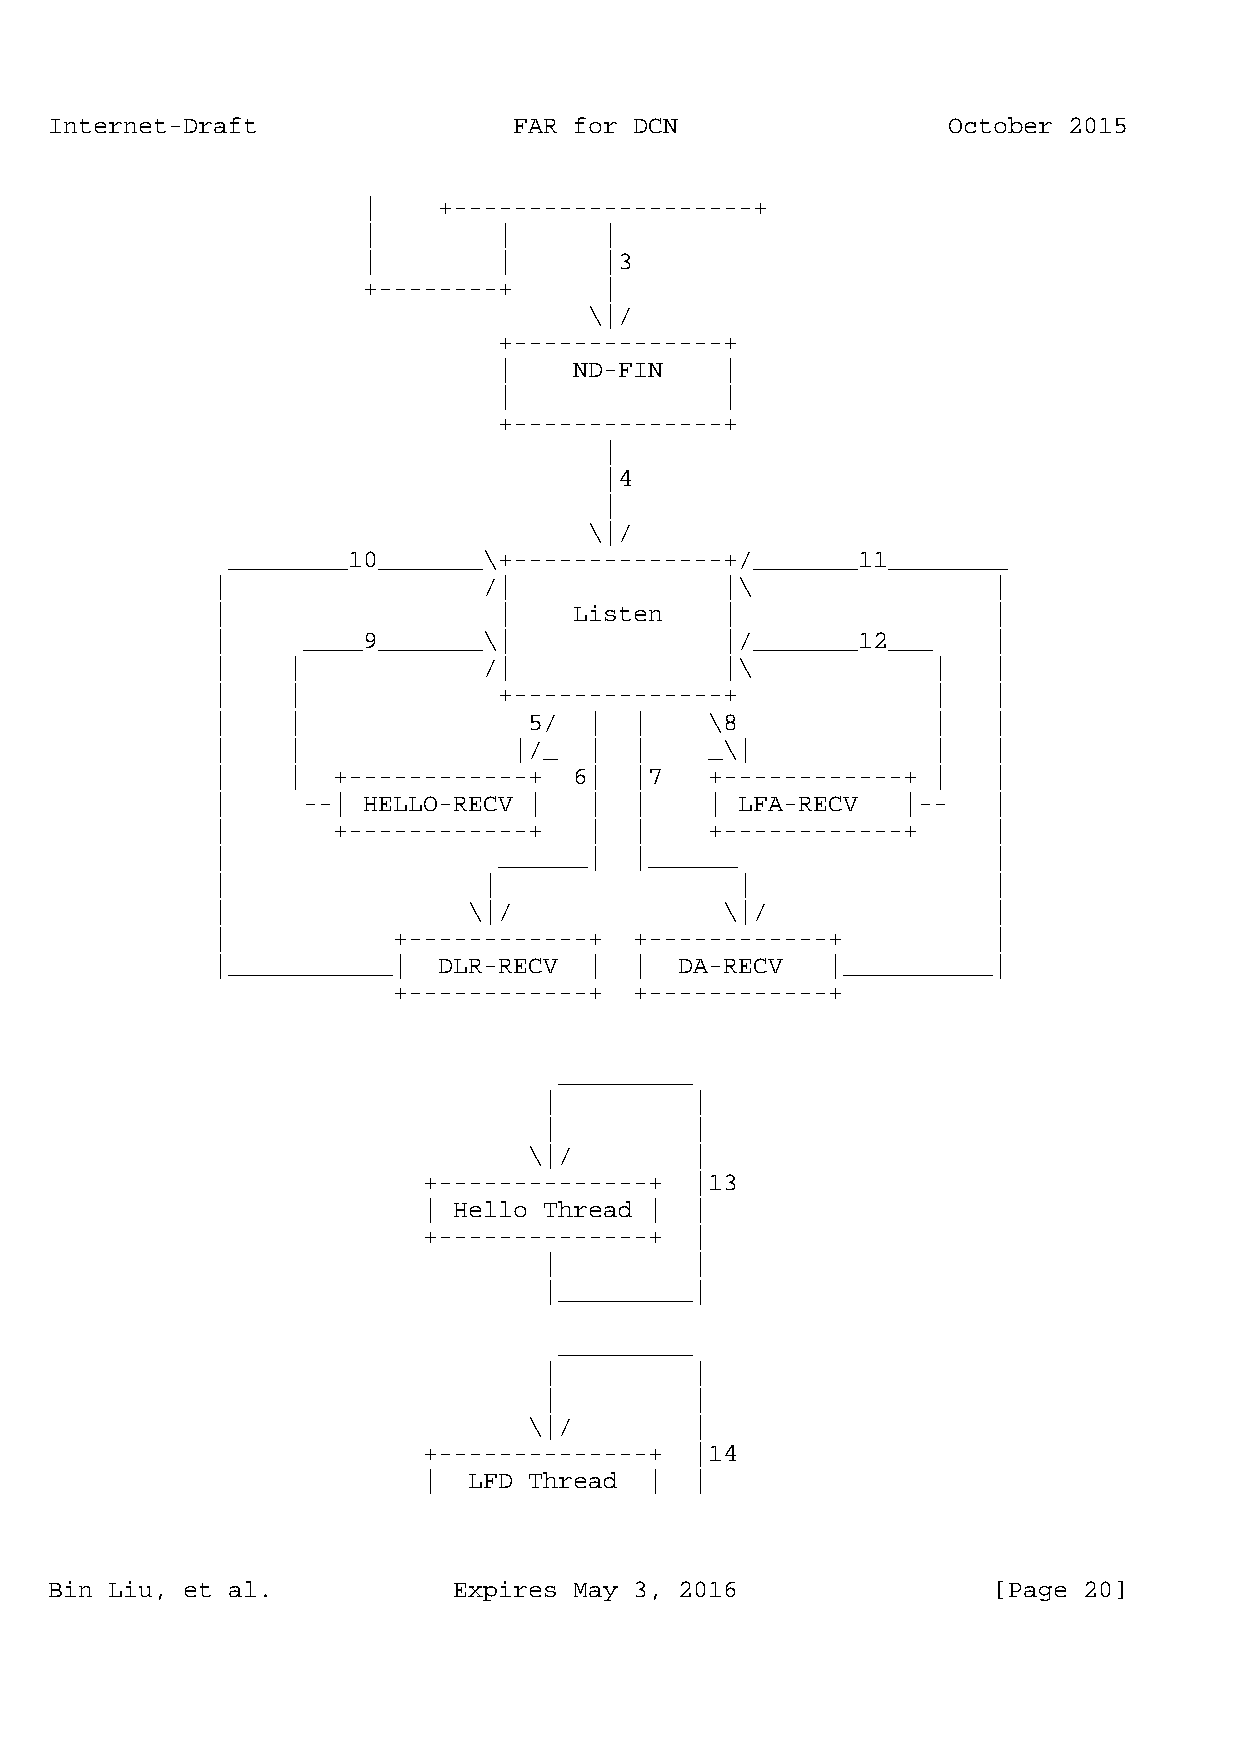
Internet-Draft                 FAR for DCN                  October 2015
 |    +--------------------+
 |        |      |
 |        |      |3
 +--------+      |
 \|/
 +--------------+
 |    ND-FIN    |
 |              |
 +--------------+
 |
 |4
 |
 \|/
 ________10_______\+--------------+/_______11________
 |                 /|              |\                |
 |                  |    Listen    |                 |
 |     ____9_______\|              |/_______12___    |
 |    |            /|              |\            |   |
 |    |             +--------------+             |   |
 |    |               5/  |  |    \8             |   |
 |    |              |/_  |  |    _\|            |   |
 |    |  +------------+  6|  |7   +------------+ |   |
 |     --| HELLO-RECV |   |  |    | LFA-RECV   |--   |
 |       +------------+   |  |    +------------+     |
 |                  ______|  |______                 |
 |                 |                |                |
 |                \|/              \|/               |
 |           +------------+  +------------+          |
 |___________|  DLR-RECV  |  |  DA-RECV   |__________|
 +------------+  +------------+
 _________
 |         |
 |         |
 \|/        |
 +--------------+  |13
 | Hello Thread |  |
 +--------------+  |
 |         |
 |_________|
 _________
 |         |
 |         |
 \|/        |
 +--------------+  |14
 |  LFD Thread  |  |
 Bin Liu, et al.            Expires May 3, 2016                 [Page 20]